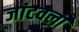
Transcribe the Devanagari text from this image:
जांटवली